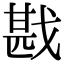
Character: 戡